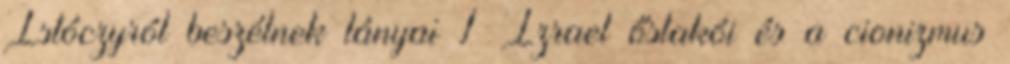
Istóczyról beszélnek lányai 1 Izrael őslakói és a cionizmus